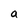
Character: a